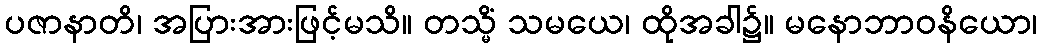
ပဇာနာတိ၊ အပြားအားဖြင့်မသိ။ တသ္မိံ သမယေ၊ ထိုအခါ၌။ မနောဘာဝနိယော၊